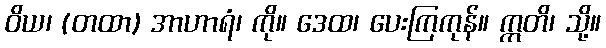
ဝိယ၊ (တထာ) အာဟာရံ၊ ကို။ ဒေထ၊ ပေးကြကုန်။ ဣတိ၊ သို့။